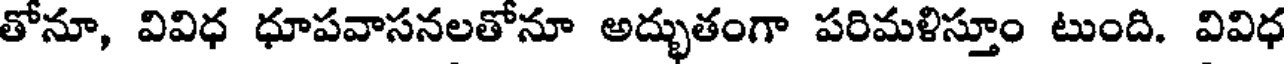
తోనూ, వివిధ ధూపవాసనలతోనూ అద్భుతంగా పరిమళిస్తూం టుంది. వివిధ